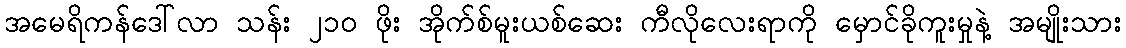
အမေရိကန်ဒေါ်လာ သန်း ၂၁၀ ဖိုး အိုက်စ်မူးယစ်ဆေး ကီလိုလေးရာကို မှောင်ခိုကူးမှုနဲ့ အမျိုးသား